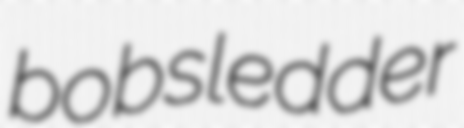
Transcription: bobsledder